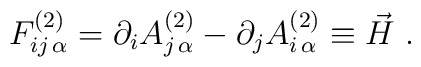
F^{(2 ) }_{ij \,\alpha } =  \partial_i A^{(2 )  }_{j \, \alpha} -\partial_j A^{(2  ) }_{i \, \alpha} \equiv \vec H \ .